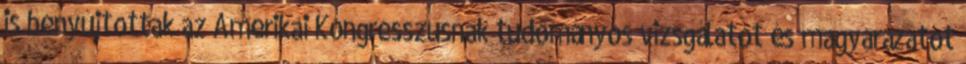
is benyújtottak az Amerikai Kongresszusnak tudományos vizsgálatot és magyarázatot